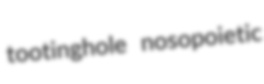
tootinghole nosopoietic